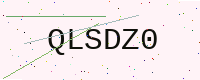
Text: QLSDZ0